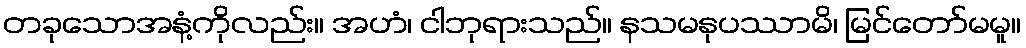
တခုသောအနံ့ကိုလည်း။ အဟံ၊ ငါဘုရားသည်။ နသမနုပဿာမိ၊ မြင်တော်မမူ။